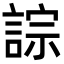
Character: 誴